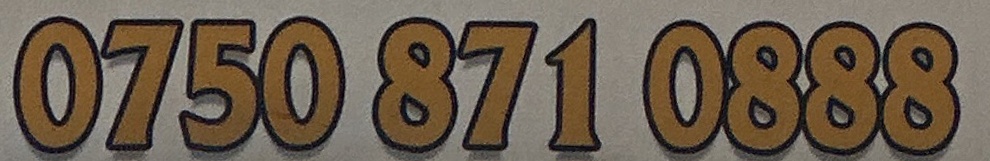
0750 871 0888